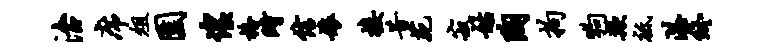
治席俎园惶格时信娘接昔苑寂姑陶拘狗欺祗湛终